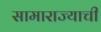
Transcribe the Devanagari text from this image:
सामाराज्याची